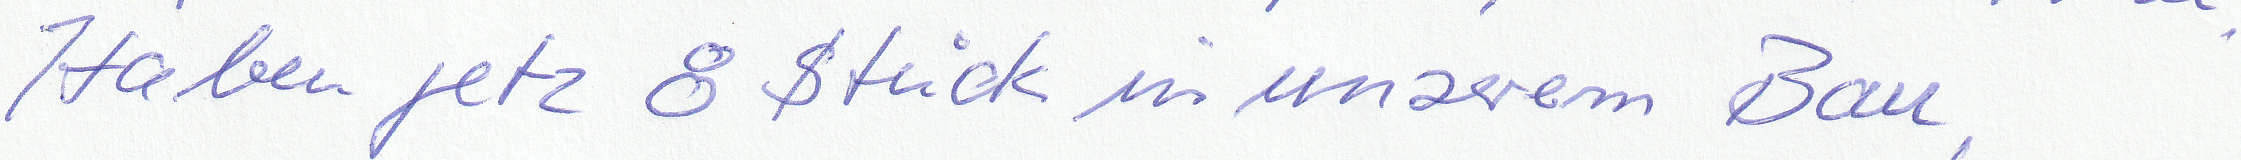
Haben jetzt 8 Stück in unserem Bau